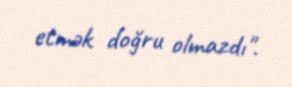
etmək doğru olmazdı".